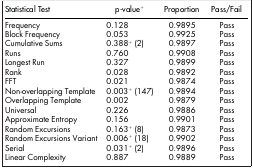
<table><thead><tr><td><b>Statistical Test</b></td><td><b>p-value<sup>+</sup></b></td><td><b>Proportion</b></td><td><b>Pass/Fail</b></td></tr></thead><tbody><tr><td>Frequency</td><td>0.128</td><td>0.9895</td><td>Pass</td></tr><tr><td>Block Frequency</td><td>0.053</td><td>0.9925</td><td>Pass</td></tr><tr><td>Cumulative Sums</td><td>0.388<sup>+</sup> (2)</td><td>0.9897</td><td>Pass</td></tr><tr><td>Runs</td><td>0.760</td><td>0.9908</td><td>Pass</td></tr><tr><td>Longest Run</td><td>0.327</td><td>0.9899</td><td>Pass</td></tr><tr><td>Rank</td><td>0.028</td><td>0.9892</td><td>Pass</td></tr><tr><td>FFT</td><td>0.021</td><td>0.9874</td><td>Pass</td></tr><tr><td>Non-overlapping Template</td><td>0.003<sup>+</sup> (147)</td><td>0.9894</td><td>Pass</td></tr><tr><td>Overlapping Template</td><td>0.002</td><td>0.9879</td><td>Pass</td></tr><tr><td>Universal</td><td>0.226</td><td>0.9886</td><td>Pass</td></tr><tr><td>Approximate Entropy</td><td>0.156</td><td>0.9901</td><td>Pass</td></tr><tr><td>Random Excursions</td><td>0.163<sup>+</sup> (8)</td><td>0.9873</td><td>Pass</td></tr><tr><td>Random Excursions Variant</td><td>0.006<sup>+</sup> (18)</td><td>0.9902</td><td>Pass</td></tr><tr><td>Serial</td><td>0.031<sup>+</sup> (2)</td><td>0.9896</td><td>Pass</td></tr><tr><td>Linear Complexity</td><td>0.887</td><td>0.9889</td><td>Pass</td></tr></tbody></table>